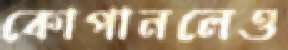
কোপানলেও